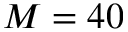
M = 4 0